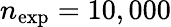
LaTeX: n_{\mathrm{exp}}=10,000